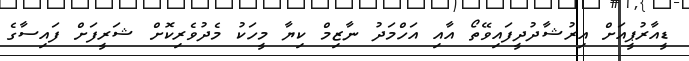
ޑީއާރުޕީއަށް އިރުޝާދުދީފައިވޭތޯ އާއި އަހްމަދު ނާޒިމް ކިޔާ މީހަކު މެދުވެރިކޮށް ޝަރީފަށް ފައިސާގެ